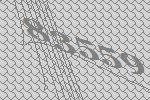
83559